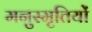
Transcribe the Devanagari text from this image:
मनुस्मृतियों